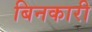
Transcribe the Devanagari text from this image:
बिनकारी